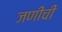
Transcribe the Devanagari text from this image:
जणींची